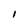
Character: I